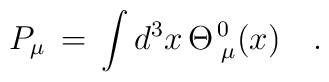
P_\mu \,=\,\int d^3 x \,\Theta^{\,0}_{\,\,\mu} (x)\quad.